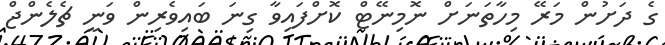
ގެ ދަށުން މަރޭ މިހާތަނަށް ނޮމިނޭޓް ކޮށްފައިވާ ގިނަ ބައިވެރިން ވަނީ ޗެލެންޖް